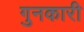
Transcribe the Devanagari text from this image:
गुनकारी